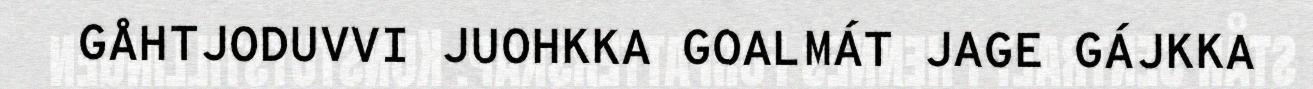
GÅHTJODUVVI JUOHKKA GOALMÁT JAGE GÁJKKA